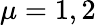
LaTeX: \mu=1,2